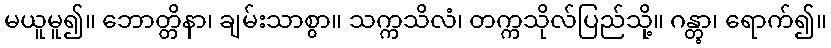
မယူမူ၍။ ဘောတ္တိနာ၊ ချမ်းသာစွာ။ သက္ကသိလံ၊ တက္ကသိုလ်ပြည်သို့။ ဂန္တွာ၊ ရောက်၍။